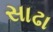
સાઢા